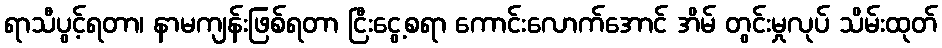
ရာသီပွင့်ရတာ၊ နာမကျန်းဖြစ်ရတာ ငြီးငွေ့စရာ ကောင်းလောက်အောင် အိမ် တွင်းမှုလုပ် သိမ်းထုတ်